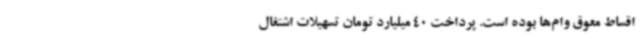
اقساط معوق وام‌ها بوده است. پرداخت 40 میلیارد تومان تسهیلات اشتغال